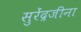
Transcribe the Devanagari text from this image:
सुरेंद्रजींना